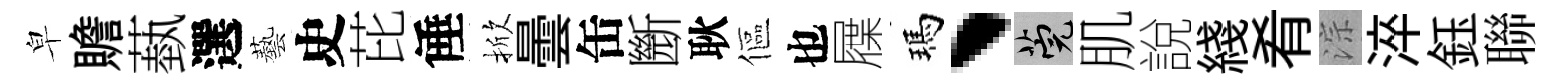
皁贍蓺選藝史芘倕掀曇缶㫁耿傴也屧瑪、筦肌說綫肴淙淬鈺聯